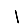
Digit: 1